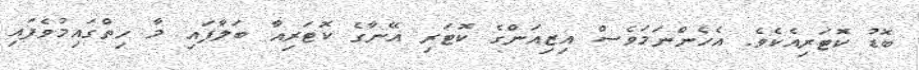
ބޮޑު ކޮޓަރިއެކެވެ. އެހެންނަމަވެސް އިޒިއަންގެ ކޮޓަރި އޭނާގެ ކޮޓަރިއާ ބަލާފައި މާ ހިތްގައިމުވެފައި